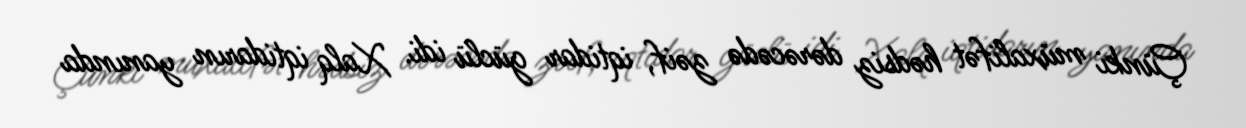
Çünki müxalifət hədsiz dərəcədə zəif, iqtidar güclü idi. Xalq iqtidarın yanında